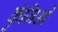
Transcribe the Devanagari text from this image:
कुंजिओं